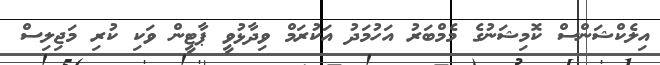
އިލެކްޝަންސް ކޮމިޝަނުގެ މެމްބަރު އަހުމަދު އަކުރަމް ވިދާޅުވީ ޕާޓީން ވަކި ކުރި މަޖިލިސް